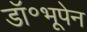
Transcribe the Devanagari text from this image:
डॉ॰भूपेन